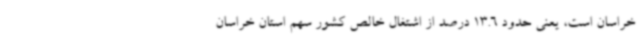
خراسان است، یعنی حدود 13.6 درصد از اشتغال خالص کشور سهم استان خراسان